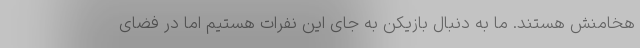
هخامنش هستند. ما به دنبال بازیکن به جای این نفرات هستیم اما در فضای